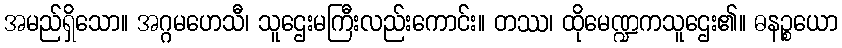
အမည်ရှိသော။ အဂ္ဂမဟေသီ၊ သူဌေးမကြီးလည်းကောင်း။ တဿ၊ ထိုမေဏ္ဍကသူဌေး၏။ ဓနဉ္စယော